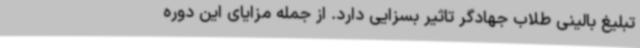
تبلیغ بالینی طلاب جهادگر تاثیر بسزایی دارد. از جمله مزایای این دوره